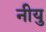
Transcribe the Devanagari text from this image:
नीयु